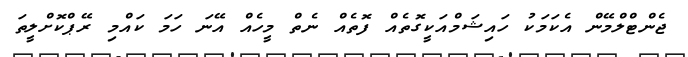
ޖެންޓްލްމޭން އެކަމަކު ހައިޝަމްއަކީގޮތެއް ފޮތެއް ނެތް މީހެއް އޭނަ ހަމަ ކައްމި ރޭޕްކޮށްލީތަ